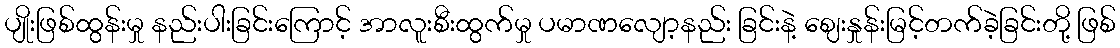
ပျိုးဖြစ်ထွန်းမှု နည်းပါးခြင်းကြောင့် အာလူးစီးထွက်မှု ပမာဏလျော့နည်း ခြင်းနဲ့ ဈေးနှုန်းမြင့်တက်ခဲ့ခြင်းတို့ ဖြစ်